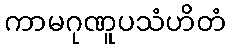
ကာမဂုဏူပသံဟိတံ